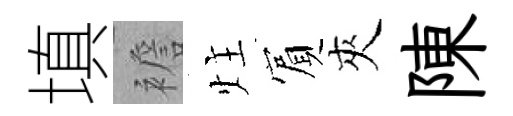
填襜炷賔夾陳